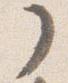
ノ